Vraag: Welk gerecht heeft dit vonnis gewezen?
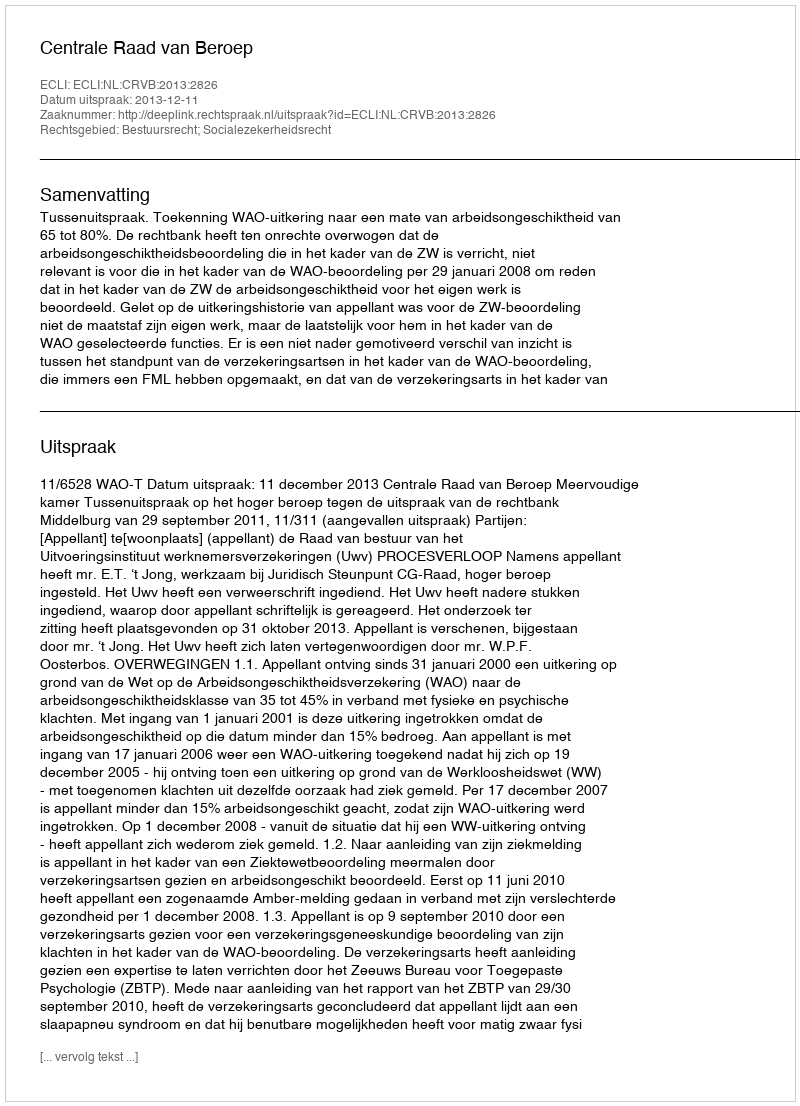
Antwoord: Centrale Raad van Beroep